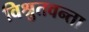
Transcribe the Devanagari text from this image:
विश्रुतवन्ता